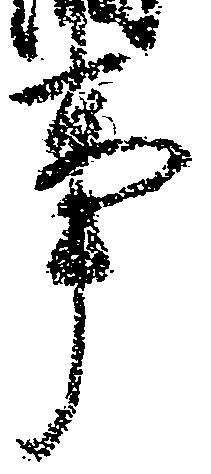
事